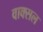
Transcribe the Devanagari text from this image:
वाक्‍सल